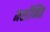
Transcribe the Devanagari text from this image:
मशीनित